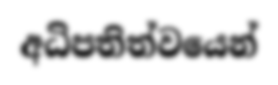
අධිපතිත්වයෙන්